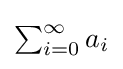
{\textstyle \sum _{i=0}^{\infty }a_{i}}